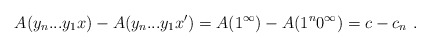
\begin{align*}A(y_n...y_1x) - A(y_n...y_1x') = A(1^\infty) - A(1^n 0^\infty) = c - c_n \ .\end{align*}